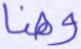
وهنا